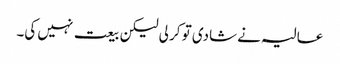
عالیہ نے شادی تو کر لی لیکن بیعت نہیں کی۔